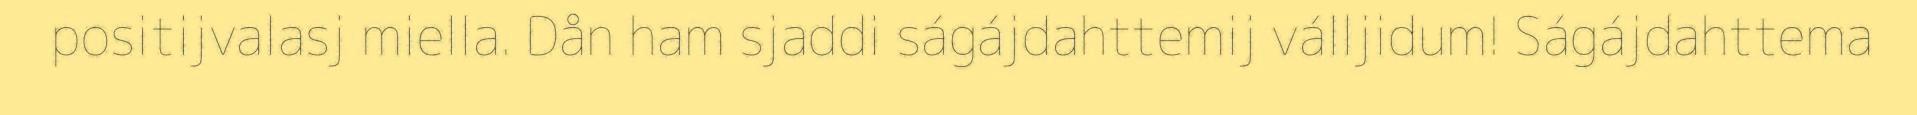
positijvalasj miella. Dån ham sjaddi ságájdahttemij válljidum! Ságájdahttema